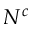
N ^ { c }